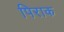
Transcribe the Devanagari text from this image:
पिराक